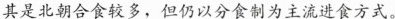
其是北朝合食较多，但仍以分食制为主流进食方式。